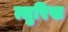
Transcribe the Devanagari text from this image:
त्सुरिख